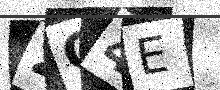
Text: 2O4E